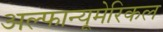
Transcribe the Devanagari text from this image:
अल्फान्यूमेरिकल